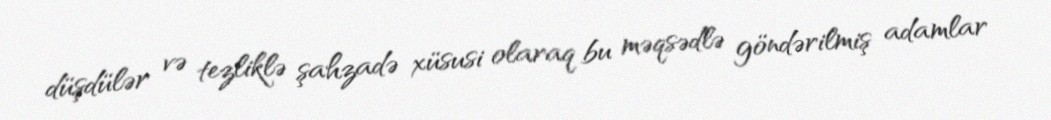
düşdülər və tezliklə şahzadə xüsusi olaraq bu məqsədlə göndərilmiş adamlar